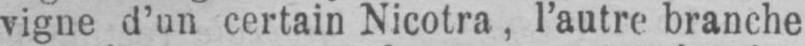
vigne d’un certain Nicotra, l’autre branche